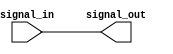
module IO_Block_LowPower_Buffer (
    input wire signal_in,
    output reg signal_out
);

// IO Block Low-power buffer implementation
always @* begin
    signal_out = signal_in;
end

endmodule